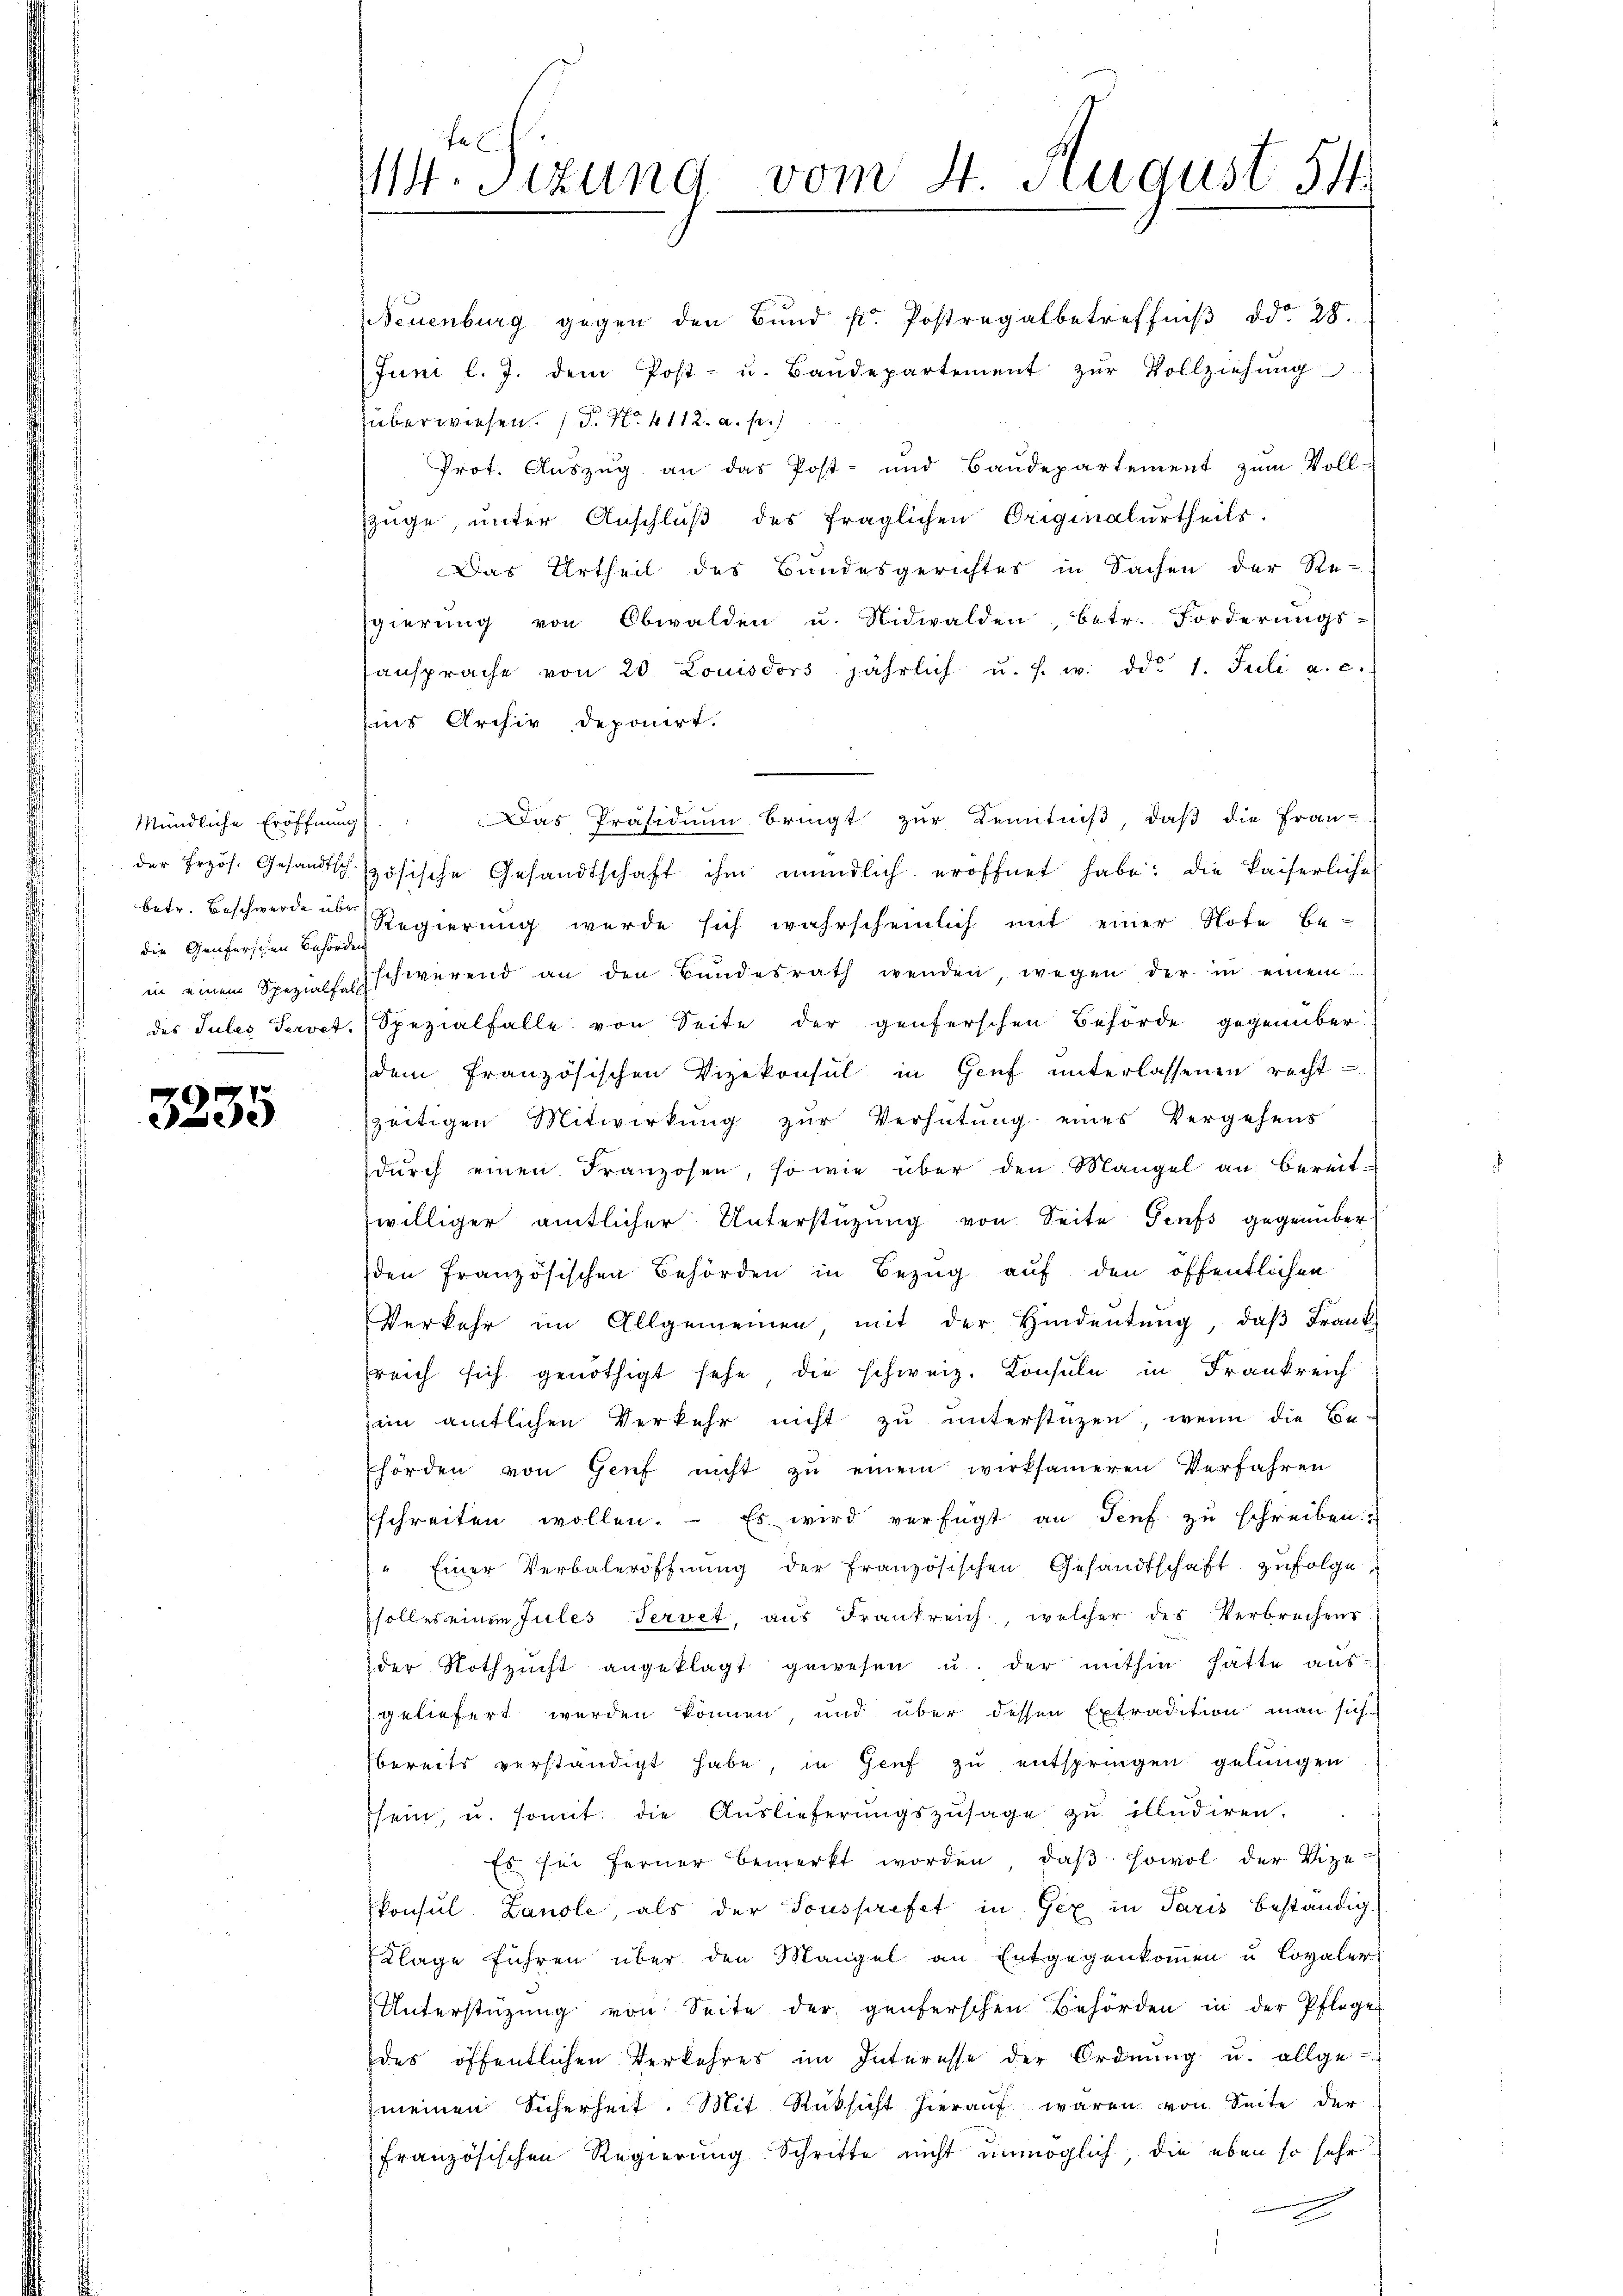
Mündliche Eröffnung
die Genferschen Behörden

3235

fe
4. sezung vom 4. August 54

Neuenburg gegen den Bund k. Postregalbetreffniβ ddo 28.
Juni l. J. dem Post- u. Baŭdepartement zŭr Vollziehŭng
überwiesen. (T. N. 4112. a. p.)
Prot. Auszug an das Post- und Baudepartement zum Voll-
züge, unter Anschluß des fraglichen Originalurtheils.
Das Urtheil des Bundesgerichtes in Sachen der Se-
gierŭng von Obwalden u. Nidwalden, betr. Forderŭngs-
ansprache von 20. Louisdors jährlich u. s. w. ddo 1. Juli a. c.
ins Archiv deponirt.
Das Präsidium bringt zur Kenntniß, daß die Frau-
 der Frzös. Gesandtschszösische Gesandtschaft ihm mündlich eröffnet habe: die kaiserliche
betr. Beschwerden Regierung wurde sich wahrscheinlich mit einer Note be-
in einem Spezialsschwerend an den Bŭndesrath wenden, wegen der in einem
des Jules Servet. Spezialfalle von Seite der genferschen Behörde gegenüber
dem französischen Vizekonsul in Genf unterlassenen recht
szeitigen Mitwirkung zŭr Verhütung eines Vergehens
dŭrch einen Franzosen, so wie über den Mangel an bereit-
williger amtlicher Unterstüzung von Seite Genfs gegenüber
den Französischen Behörden in Bezug auf den öffentlichen
Verkehr im Allgemeinen mit der Hindeutung, daβ Frank-
sreich sich genöthigt sehe, die schweiz. Konsuln in Frankreich
im amtlichen Verkehr nicht zu unterstüzen, wenn die Behörden von Genf nicht zŭ einem wirksameren Verfahren
schreiten wollen. Es wird verfügt an Senf zŭ schreiben.
" Einer Verbaleröffnŭng der Französischen Gesandtschaft zufolge,
solles einen Jules servet, aus Frankreich, welcher des Verbrechens
der Nothzucht angeklagt gewesen u. der mithin hatte ausgeliefert werden können, und über dessen Extradition man sich
bereits verständigt habe, in Geif zu entspringen gelungen
sein, u. somit die Aŭslieferŭngszusage zŭ illudiren.
Es sei ferner bemerkt worden, daβ sowol der Vize-
PPonsul Landle, als der Tousprefet in Gex in Paris beständig
Klage führen über den Mangel an Entgegenkommen u. Lovaler
Unterstützŭng von Seite der genferschen Behörden in der Pflege
des öffentlichen Verkehres im Interesse der Ordnung u. allge-
meinen Sicherheit. Mit Rüksicht hierauf waren von Seite der
französischen Regierung Schritte nicht unmöglich, die eben so sehr
ei |
e